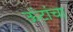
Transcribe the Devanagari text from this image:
ऊंटांचा